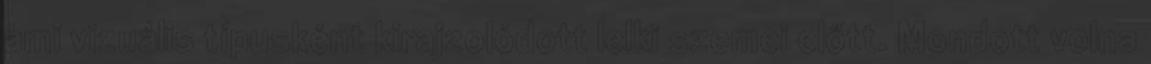
ami vizuális típusként kirajzolódott lelki szemei előtt. Mondott volna